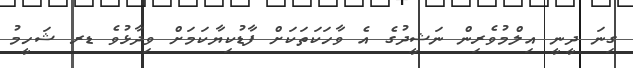
ގިނަ ދީނީ އިލްމުވެރިން ނަޝީދުގެ އެ ވާހަކަތަކަށް ފާޑުކިޔާކަމަށް ވިދާޅުވެ ޑރ ޝަހީމު